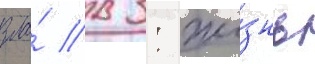
зла́ в 3: жи́знь